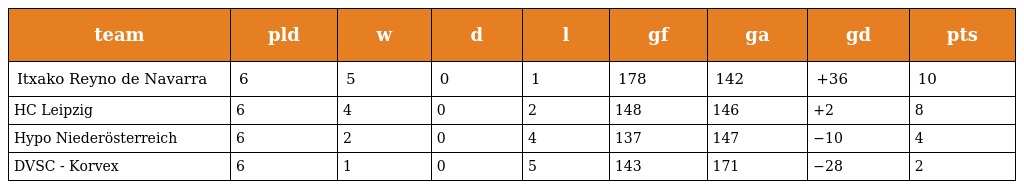
| team | pld | w | d | l | gf | ga | gd | pts |
 | --- | --- | --- | --- | --- | --- | --- | --- | --- |
 | Itxako Reyno de Navarra | 6 | 5 | 0 | 1 | 178 | 142 | +36 | 10 |
 | HC Leipzig | 6 | 4 | 0 | 2 | 148 | 146 | +2 | 8 |
 | Hypo Niederösterreich | 6 | 2 | 0 | 4 | 137 | 147 | −10 | 4 |
 | DVSC - Korvex | 6 | 1 | 0 | 5 | 143 | 171 | −28 | 2 |